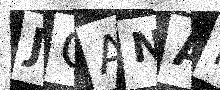
Text: JGANAR